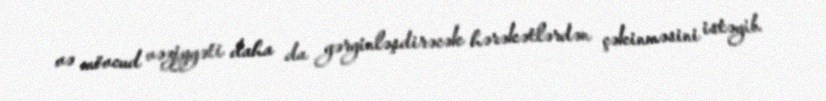
və mövcud vəziyyəti daha da gərginləşdirəcək hərəkətlərdən çəkinməsini istəyib.